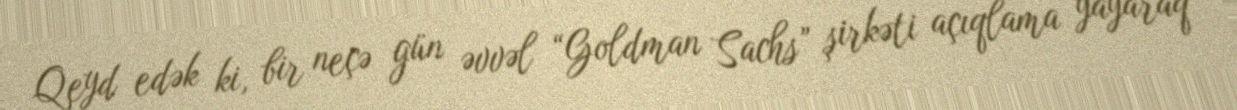
Qeyd edək ki, bir neçə gün əvvəl “Goldman Sachs” şirkəti açıqlama yayaraq